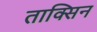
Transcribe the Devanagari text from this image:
ताक्सिन